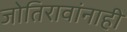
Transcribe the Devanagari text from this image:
जोतिरावांनाही